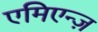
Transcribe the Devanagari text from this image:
एमिएन्ज़